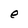
Character: e